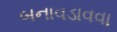
બનાવડાવવા